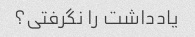
یادداشت را نگرفتی؟